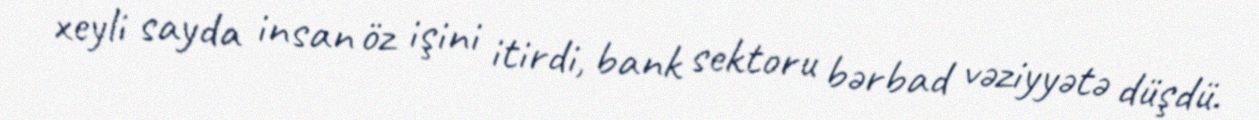
xeyli sayda insan öz işini itirdi, bank sektoru bərbad vəziyyətə düşdü.